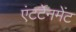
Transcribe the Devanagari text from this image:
एंटर्टेनमेंट